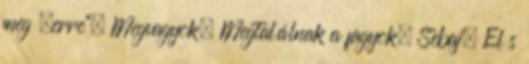
meg „erre”. Megvagyok. Megtalálnak a fagyok. Sebaj. El s